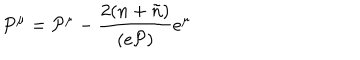
P ^ { \mu } = { \cal P } ^ { \mu } - \frac { 2 ( n + \tilde { n } ) } { ( e { \cal P } ) } e ^ { \mu }